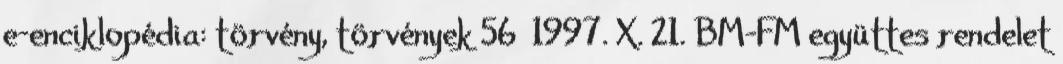
e-enciklopédia: törvény, törvények 56 1997. X. 21. BM-FM együttes rendelet